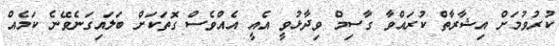
ކުރުވުމަށް އިޝާރާތް ކުރައްވާ ގާސިމް ވިދާޅުވީ އެއީ އެއްވެސް ގޮތަކަށް ބަލައިގަނެެވޭނެ ކަމެއް